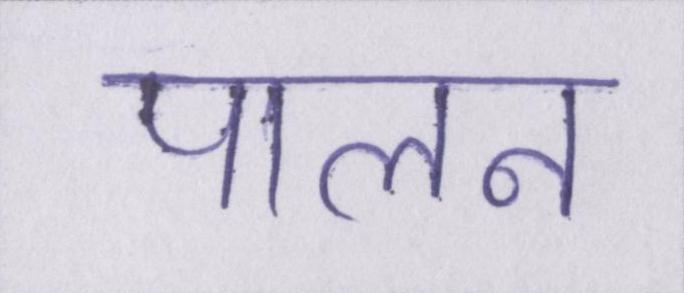
पालन